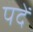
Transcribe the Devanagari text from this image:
पदें